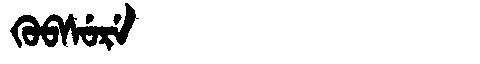
Manchu: ᡴᡠᠪᠰᡠᡵᡝ
Romanization: KUBSURE